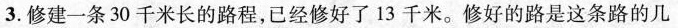
3.修建一条30千米长的路程，已经修好了13千米。修好的路是这条路的几